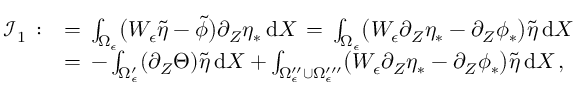
\begin{array} { r l } { \mathcal { I } _ { 1 } \, : } & { = \, \int _ { \Omega _ { \epsilon } } \bigl ( W _ { \epsilon } \tilde { \eta } - \tilde { \phi } \bigr ) \partial _ { Z } \eta _ { * } \, \mathrm { d } X \, = \, \int _ { \Omega _ { \epsilon } } \bigl ( W _ { \epsilon } \partial _ { Z } \eta _ { * } - \partial _ { Z } \phi _ { * } \bigr ) \tilde { \eta } \, \mathrm { d } X } \\ { \, } & { = \, - \int _ { \Omega _ { \epsilon } ^ { \prime } } ( \partial _ { Z } \Theta ) \tilde { \eta } \, \mathrm { d } X + \int _ { \Omega _ { \epsilon } ^ { \prime \prime } \cup \Omega _ { \epsilon } ^ { \prime \prime \prime } } \bigl ( W _ { \epsilon } \partial _ { Z } \eta _ { * } - \partial _ { Z } \phi _ { * } \bigr ) \tilde { \eta } \, \mathrm { d } X \, , } \end{array}